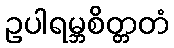
ဥပါရမ္ဘစိတ္တတံ